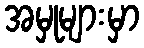
အမှုများမှာ